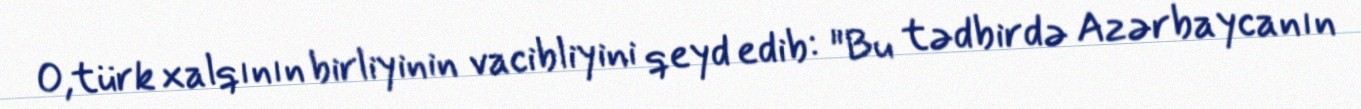
O,türk xalqının birliyinin vacibliyini qeyd edib: "Bu tədbirdə Azərbaycanın